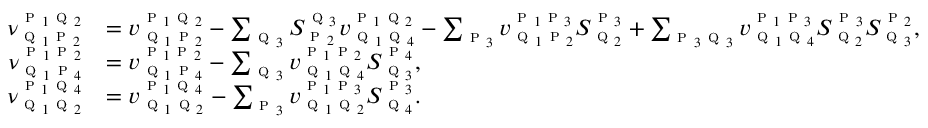
\begin{array} { r l } { \nu _ { \textsc { q } _ { 1 } \textsc { p } _ { 2 } } ^ { \textsc { p } _ { 1 } \textsc { q } _ { 2 } } } & { = v _ { \textsc { q } _ { 1 } \textsc { p } _ { 2 } } ^ { \textsc { p } _ { 1 } \textsc { q } _ { 2 } } - \sum _ { \textsc { q } _ { 3 } } S _ { \textsc { p } _ { 2 } } ^ { \textsc { q } _ { 3 } } { v } _ { \textsc { q } _ { 1 } \textsc { q } _ { 4 } } ^ { \textsc { p } _ { 1 } \textsc { q } _ { 2 } } - \sum _ { \textsc { p } _ { 3 } } v _ { \textsc { q } _ { 1 } \textsc { p } _ { 2 } } ^ { \textsc { p } _ { 1 } \textsc { p } _ { 3 } } S _ { \textsc { q } _ { 2 } } ^ { \textsc { p } _ { 3 } } + \sum _ { \textsc { p } _ { 3 } \textsc { q } _ { 3 } } v _ { \textsc { q } _ { 1 } \textsc { q } _ { 4 } } ^ { \textsc { p } _ { 1 } \textsc { p } _ { 3 } } S _ { \textsc { q } _ { 2 } } ^ { \textsc { p } _ { 3 } } S _ { \textsc { q } _ { 3 } } ^ { \textsc { p } _ { 2 } } , } \\ { \nu _ { \textsc { q } _ { 1 } \textsc { p } _ { 4 } } ^ { \textsc { p } _ { 1 } \textsc { p } _ { 2 } } } & { = v _ { \textsc { q } _ { 1 } \textsc { p } _ { 4 } } ^ { \textsc { p } _ { 1 } \textsc { p } _ { 2 } } - \sum _ { \textsc { q } _ { 3 } } v _ { \textsc { q } _ { 1 } \textsc { q } _ { 4 } } ^ { \textsc { p } _ { 1 } \textsc { p } _ { 2 } } S _ { \textsc { q } _ { 3 } } ^ { \textsc { p } _ { 4 } } , } \\ { \nu _ { \textsc { q } _ { 1 } \textsc { q } _ { 2 } } ^ { \textsc { p } _ { 1 } \textsc { q } _ { 4 } } } & { = v _ { \textsc { q } _ { 1 } \textsc { q } _ { 2 } } ^ { \textsc { p } _ { 1 } \textsc { q } _ { 4 } } - \sum _ { \textsc { p } _ { 3 } } v _ { \textsc { q } _ { 1 } \textsc { q } _ { 2 } } ^ { \textsc { p } _ { 1 } \textsc { p } _ { 3 } } S _ { \textsc { q } _ { 4 } } ^ { \textsc { p } _ { 3 } } . } \end{array}